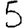
Digit: 5